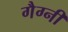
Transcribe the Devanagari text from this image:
गैग्नी